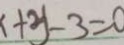
x + y - 3 = 0